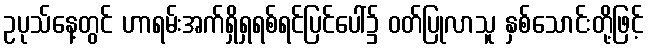
ဥပုသ်နေ့တွင် ဟာရမ်းအက်ရှိရှရစ်ရင်ပြင်ပေါ်၌ ဝတ်ပြုလာသူ နှစ်သောင်းတို့ဖြင့်